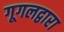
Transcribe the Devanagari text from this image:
गूगलद्वारा